Kassari_(Keina)_vallavalitsus, lk 15
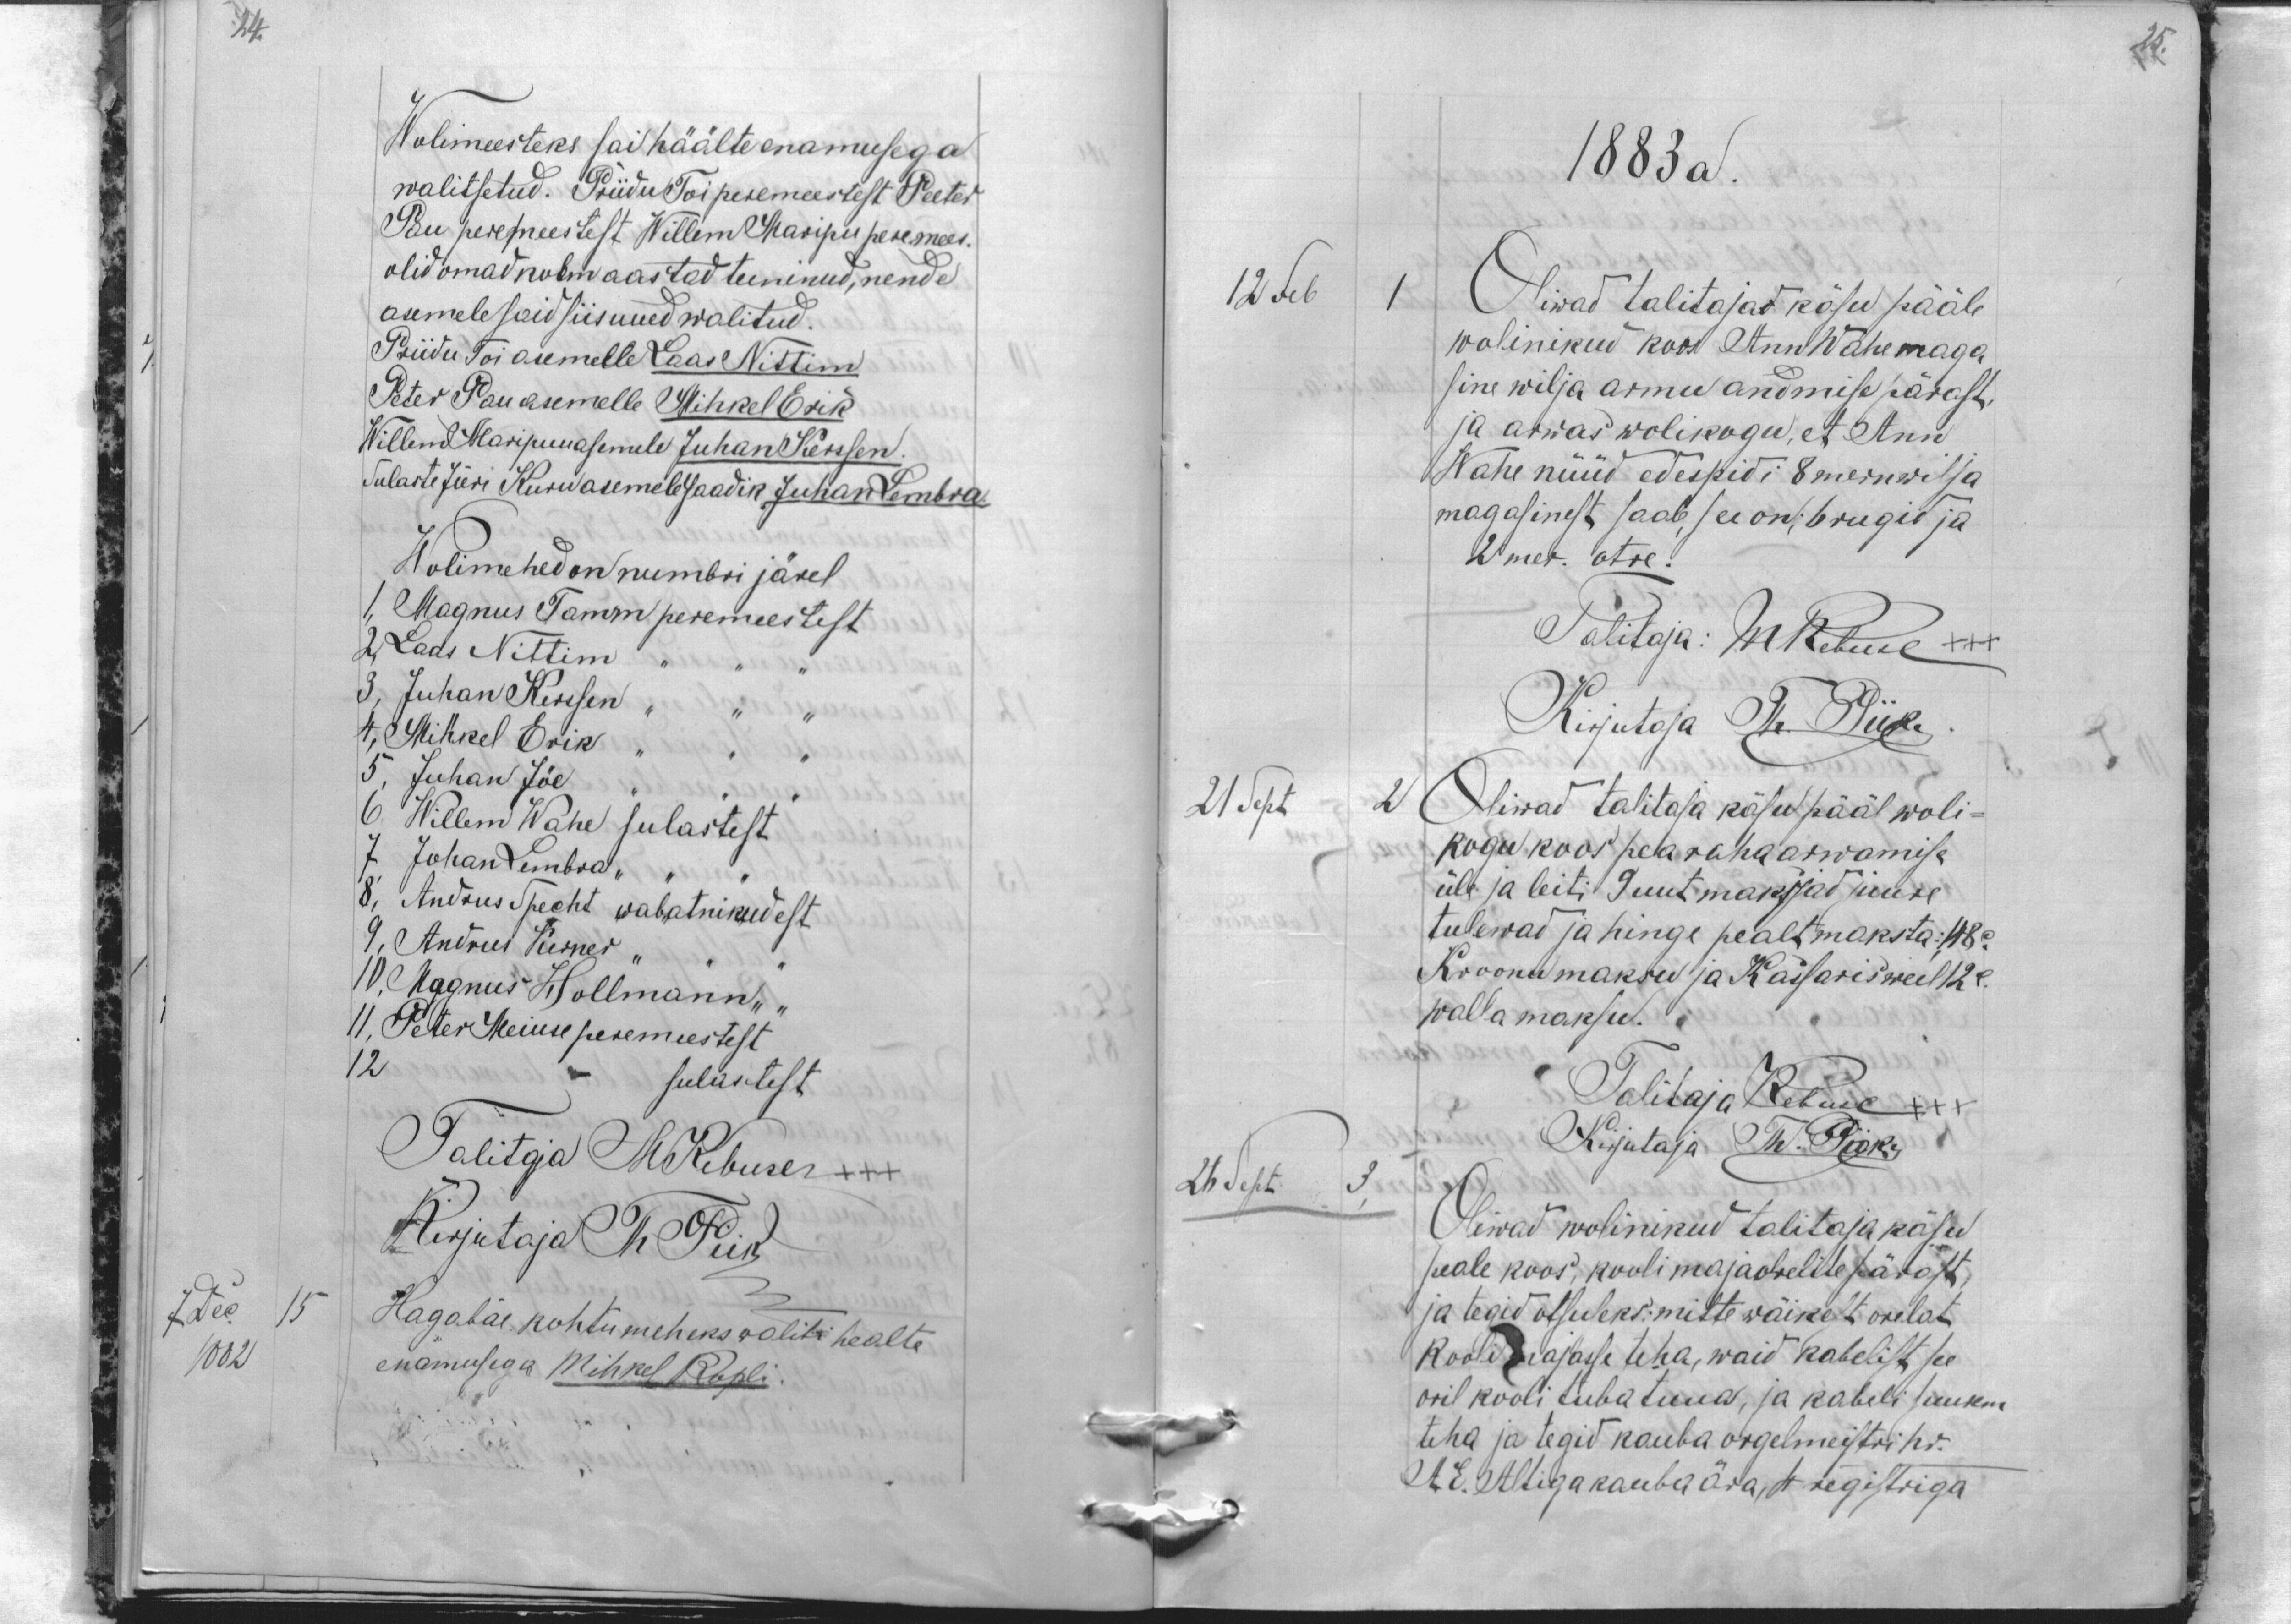
24

Wolimeesteks sai häälte enamusega
walitsetud. Priidu Toi peremeestest Peeter
Pau peremeestest Willem Maripu peremees.
olid omad kolm aastad teeninud, nende
asemele said siis uued walitud.
Priidu Toi asemelle Laas Nittim
Peter Pau asemelle Mihkel Erik
Willem Maripu asemele Juhan Kersen
Sulaste Jüri Kuru asemele saadik Juhan Lembra
Wolimehed on numbri järel
1 Magnus Tamm peremeestest
2 Laas Nittim
3, Juhan Kursen
4, Mihkel Erik
5, Juhan Jõe
6 Willem Wahe sulastest
7 Johan Lembra
8, Andrus Specht wabatnikudest
9, Andrus Kerner,
10. Magnus Hollmann
11, Peter Meiuse peremeestest
12
sulastest
Talitaja M. Rebuse +++
Kirjutaja Th. Piik
Hagobäe kohtumeheks waliti healte
enamusega Mihkel Kopli.
7 Dec
15
1882

25.

1883 a.
12 Feb
1
Oliwad talitajad käsu pääle
wolinikud koos Ann Wahe maga
sine wilja armu andmise pärast.
ja arwas wolikogu, et Ann
Wahe nüüd edespidi 8 mern wilja
magasinest saab see on 6 rugid ja
2 mer. otre.
Talitaja: MRebuse XXX
Kirjutaja Th. Piik
21 Sept
2
Oiwad talitaja käsu pääl woli-
kogu koos pea raha arwamise
üle ja leiti 9 uut maksjad juure
tulewad ja hinge pealt maksta: 48 c.
Kroonu maksu ja Kassaris weel 12 c.
walla maksu.
Talitaja Rebuse XXX
26 Sept
Kirjutaja Th. Piisk.
3,
Oiwad wolinikud talitaja käsu
peale koos, kooli maja orelite pärast,
ja tegid otsuseks: mitte wäikest orelat
Kooli majasse teha, waid kabelist see
oril kooli tuba tuua, ja kabeli suurem
teha ja tegid kauba orgelmeistri hr.
A E. Altiga kauba ära, et registriga